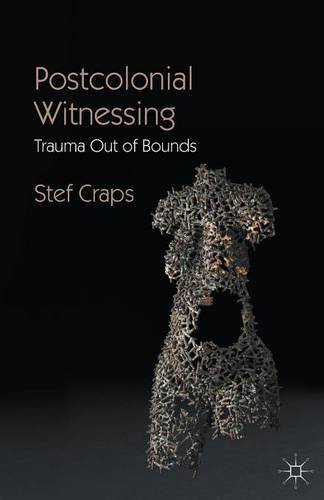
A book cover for Postcolonial Witnessing: Trauma Out of Bounds; Stef Craps; Literature & Fiction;